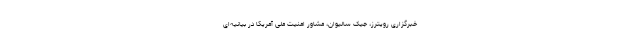
خبرگزاری رویترز، جیک سالیوان، مشاور امنیت ملی آمریکا در بیانیه‌ای